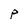
Character: P